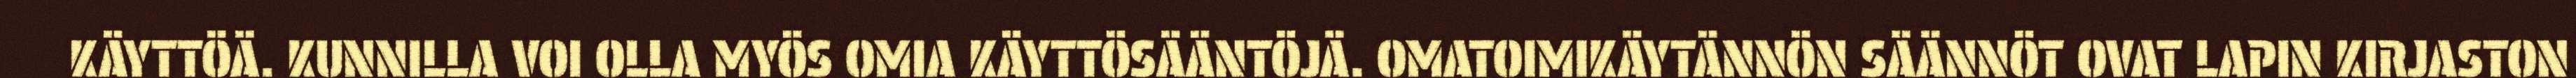
KÄYTTÖÄ. KUNNILLA VOI OLLA MYÖS OMIA KÄYTTÖSÄÄNTÖJÄ. OMATOIMIKÄYTÄNNÖN SÄÄNNÖT OVAT LAPIN KIRJASTON